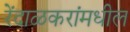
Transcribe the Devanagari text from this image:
रेंदाळकरांमधील